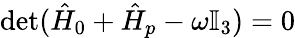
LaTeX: \operatorname*{det}(\hat{H}_{0}+\hat{H}_{p}-\omega\mathbb{I}_{3})=0